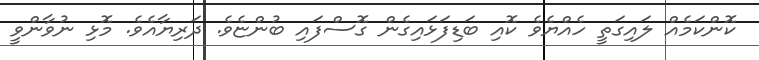
ކޮންކަމެއް ލައިގަތީ ހެއްޔެވެ ކޮއި ބަޑިފަޅައިގެން ގޮސްފައި ބުންޏެވެ. ދަރިޔާއެވެ. މޮޅި ނުވާންވީ